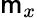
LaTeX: \mathsf{m}_{x}